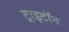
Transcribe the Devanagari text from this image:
ट्राइटॉन